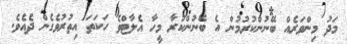
މަދު މިންވަރެއް ބޭނުންކުރުމުން އެ ބޭނުންކުރާ މީހާ އެލާޓްވެ ހަކަތަ އިތުރުވެގެން ދެއެވެ.